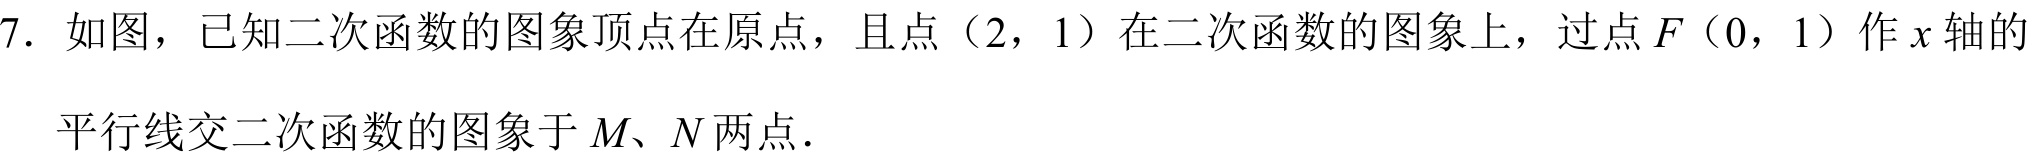
7. 如图，已知二次函数的图象顶点在原点，且点（2，1）在二次函数的图象上，过点 \(F(0,1)\) 作 \(x\) 轴的
平行线交二次函数的图象于 \(M\)、\(N\) 两点.